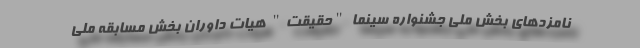
نامزدهای بخش ملی جشنواره سینما "حقیقت" هیات داوران بخش مسابقه ملی